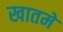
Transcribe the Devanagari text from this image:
खातमे